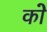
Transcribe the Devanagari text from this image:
काेे